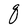
Character: q